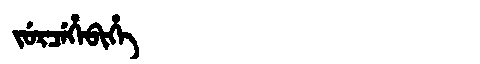
Manchu: ᠵᡠᡵᠴᡝᡥᡝᠪᡳᡥᡝ
Romanization: JURCEHEBIHE